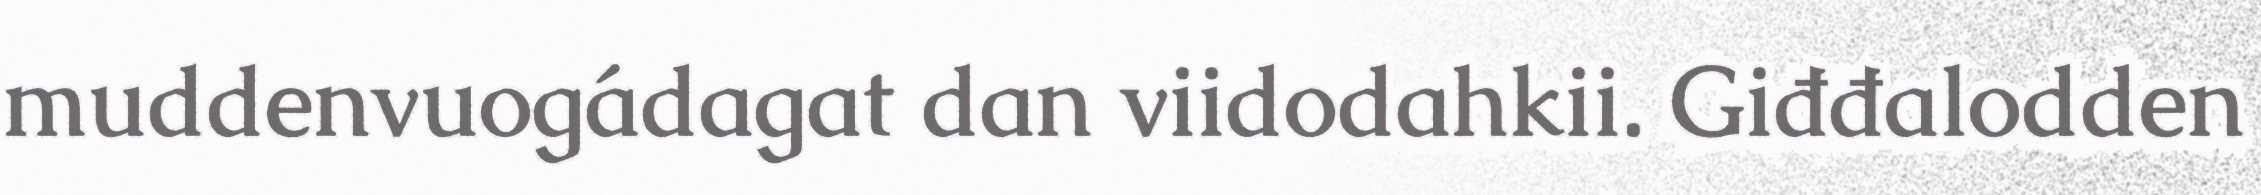
muddenvuogádagat dan viidodahkii. Giđđalodden